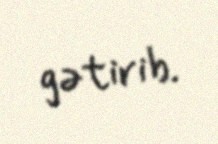
gətirib.